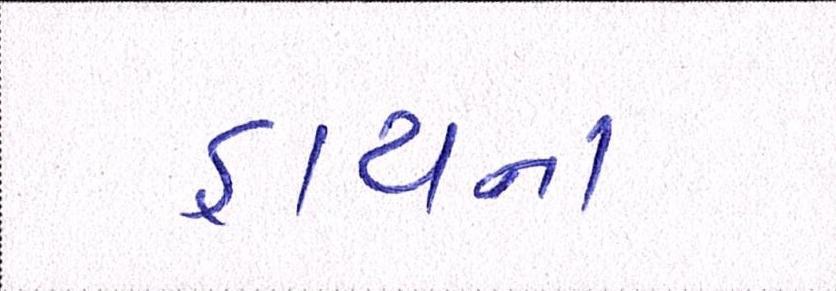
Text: હાયના